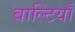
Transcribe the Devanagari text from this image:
बाल्टियाँ